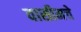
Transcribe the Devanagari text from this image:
वासीमचे